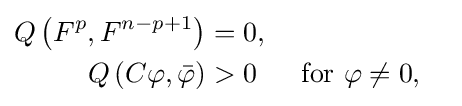
{\begin{aligned}Q\left(F^{p},F^{n-p+1}\right)&=0,\\Q\left(C\varphi ,{\bar {\varphi }}\right)&>0&&{\text{ for }}\varphi \neq 0,\end{aligned}}